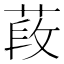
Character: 𦵍